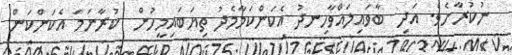
ނުކުރާށެވެ. އަދި  ބާވައިލައްވާހިނދު އެކަންކަމާމެދު ތިޔަބައިމީހުން  ކުރާނަމަ އެކަންކަން